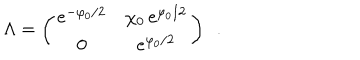
\Lambda = \left( \begin{array} { c c } { { e ^ { - \varphi _ { 0 } / 2 } } } & { { \chi _ { 0 } \, e ^ { \varphi _ { 0 } / 2 } } } \\ { { 0 } } & { { e ^ { \varphi _ { 0 } / 2 } } } \\ \end{array} \right) ~ ~ .